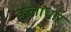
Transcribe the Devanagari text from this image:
कलाधार